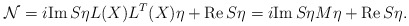
\begin{align*}{\cal N}=i{\rm Im}\,S\eta L(X)L^T(X)\eta +{\rm Re}\,S\eta = i{\rm Im}\,S\eta M\eta +{\rm Re}\,S\eta. \end{align*}